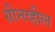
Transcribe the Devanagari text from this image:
ग्रीनव्हील